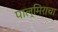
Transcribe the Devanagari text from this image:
पाल्मिराचा